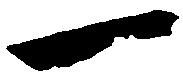
一